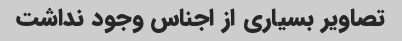
تصاویر بسیاری از اجناس وجود نداشت